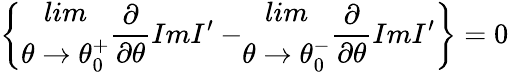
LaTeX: \left\{ \begin{array}{c}{{lim}}\\ {{\theta\rightarrow\theta_{0}^{+}}}\end{array}\frac{\partial}{\partial\theta}ImI^{\prime}-\begin{array}{c}{{lim}}\\ {{\theta\rightarrow\theta_{0}^{-}}}\end{array}\frac{\partial}{\partial\theta}ImI^{\prime}\right\} =0